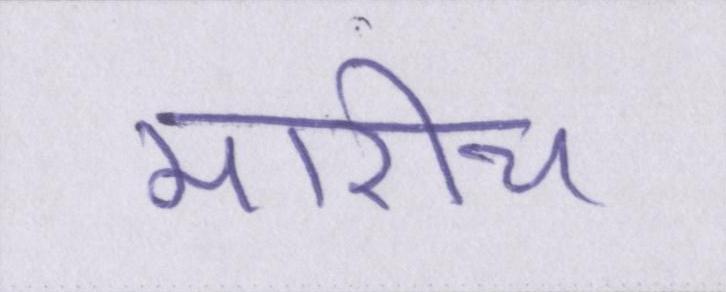
मारीच